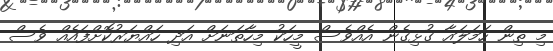
މި ތިން ހަމަލައާ ގުޅިގެން އެއްވެސް މީހަކު މިހާތަނަށް އަދި ހައްޔަރުކޮށްފައެއް ވެސް